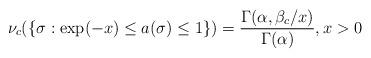
LaTeX: \begin{gather*}\nu_c(\{\sigma:\exp (-x)\le a(\sigma)\le1\})=\frac{\Gamma(\alpha,\beta_c/x)}{\Gamma(\alpha)},x>0\end{gather*}